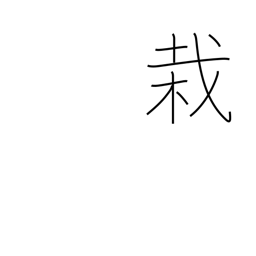
Meaning: planting